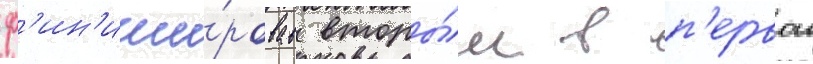
ф'ин'иши́ровав вторы́м в п'ервои